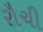
રૌચી